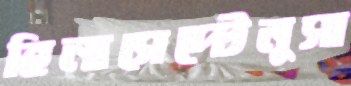
হিনাসেপ্টেমুসা